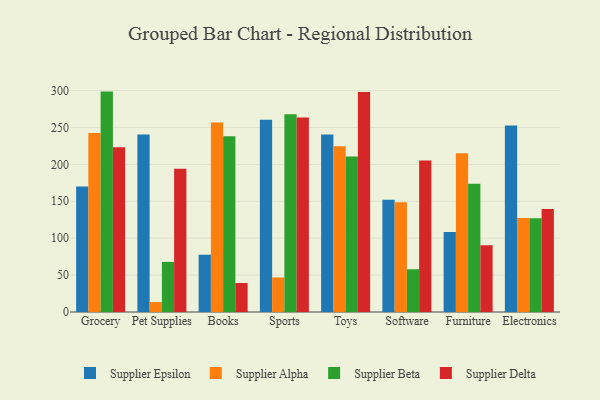
{"axis": {"x": "Category", "y": "Headcount"}, "legend": ["Supplier Alpha", "Supplier Beta", "Supplier Delta", "Supplier Epsilon"], "data": [{"x": "Grocery", "y": 169.9, "type": "Supplier Epsilon"}, {"x": "Grocery", "y": 242.6, "type": "Supplier Alpha"}, {"x": "Grocery", "y": 298.6, "type": "Supplier Beta"}, {"x": "Grocery", "y": 223.2, "type": "Supplier Delta"}, {"x": "Pet Supplies", "y": 240.5, "type": "Supplier Epsilon"}, {"x": "Pet Supplies", "y": 13.4, "type": "Supplier Alpha"}, {"x": "Pet Supplies", "y": 67.9, "type": "Supplier Beta"}, {"x": "Pet Supplies", "y": 194.0, "type": "Supplier Delta"}, {"x": "Books", "y": 77.6, "type": "Supplier Epsilon"}, {"x": "Books", "y": 256.6, "type": "Supplier Alpha"}, {"x": "Books", "y": 238.1, "type": "Supplier Beta"}, {"x": "Books", "y": 39.3, "type": "Supplier Delta"}, {"x": "Sports", "y": 260.3, "type": "Supplier Epsilon"}, {"x": "Sports", "y": 46.8, "type": "Supplier Alpha"}, {"x": "Sports", "y": 268.0, "type": "Supplier Beta"}, {"x": "Sports", "y": 263.6, "type": "Supplier Delta"}, {"x": "Toys", "y": 240.4, "type": "Supplier Epsilon"}, {"x": "Toys", "y": 224.7, "type": "Supplier Alpha"}, {"x": "Toys", "y": 210.8, "type": "Supplier Beta"}, {"x": "Toys", "y": 297.9, "type": "Supplier Delta"}, {"x": "Software", "y": 152.2, "type": "Supplier Epsilon"}, {"x": "Software", "y": 148.8, "type": "Supplier Alpha"}, {"x": "Software", "y": 57.9, "type": "Supplier Beta"}, {"x": "Software", "y": 205.2, "type": "Supplier Delta"}, {"x": "Furniture", "y": 108.4, "type": "Supplier Epsilon"}, {"x": "Furniture", "y": 215.0, "type": "Supplier Alpha"}, {"x": "Furniture", "y": 173.9, "type": "Supplier Beta"}, {"x": "Furniture", "y": 90.3, "type": "Supplier Delta"}, {"x": "Electronics", "y": 252.6, "type": "Supplier Epsilon"}, {"x": "Electronics", "y": 127.4, "type": "Supplier Alpha"}, {"x": "Electronics", "y": 127.1, "type": "Supplier Beta"}, {"x": "Electronics", "y": 139.4, "type": "Supplier Delta"}]}